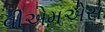
વીએમએસ